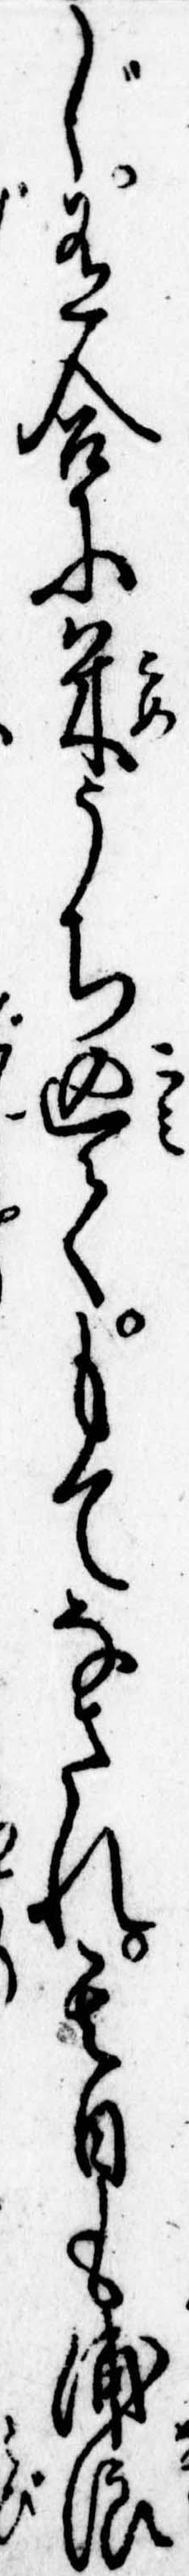
じ有合に米うち込てもてなされ其日も浦浪